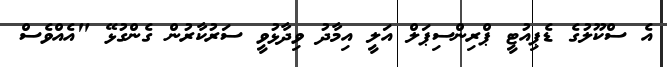
އެ ސްކޫލުގެ ޑެޕިއުޓީ ޕްރިންސިޕަލް އަލީ އިމާދު ވިދާޅުވީ ސަރުކާރުން ގެންގުޅޭ "އެއްވެސް